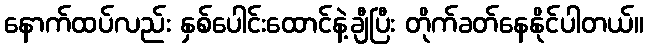
နောက်ထပ်လည်း နှစ်ပေါင်းထောင်နဲ့ချီပြီး တိုက်ခတ်နေနိုင်ပါတယ်။